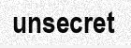
unsecret